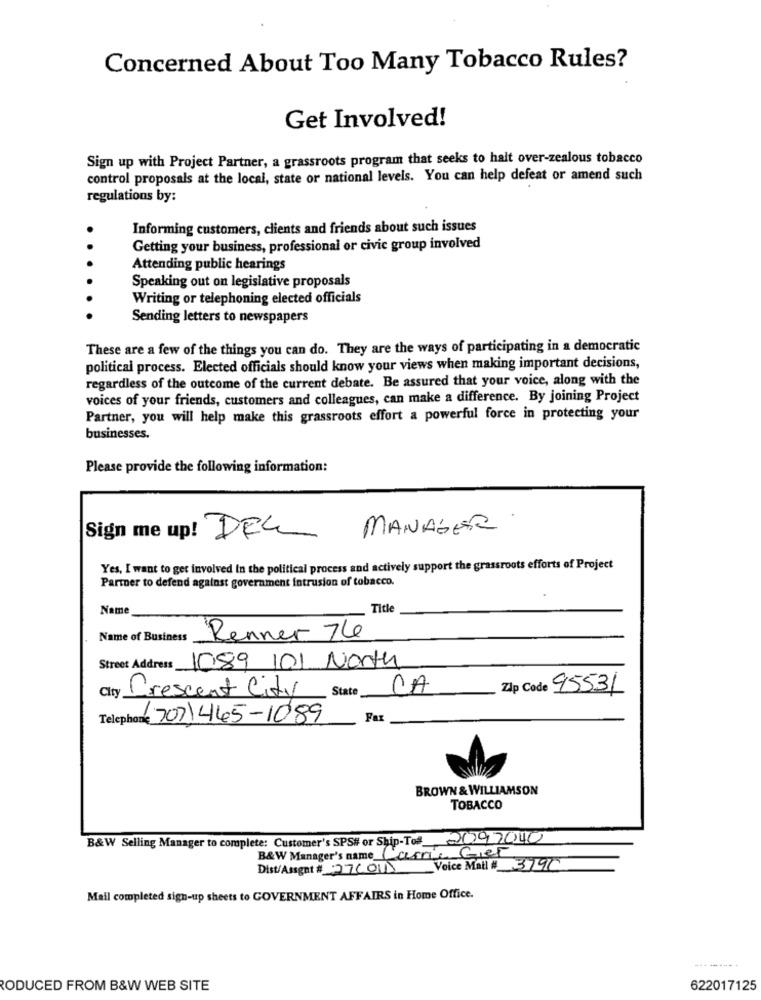
Concerned About Too Many Tobacco Rules?
Get Involved!
Sign up with Project Partner, a grassroots program that seeks to halt over-zealous tobacco
control proposals at the local, state or national levels. You can help defeat or amend such
regulations by:
Informing customers, clients and friends about such issues
.
Getting your business, professional or civic group involved
Attending public hearings
Speaking out on legislative proposals
Writing or telephoning elected officials
Sending letters to newspapers
These are a few of the things you can do. They are the ways of participating in a democratic
political process. Elected officials should know your views when making important decisions,
regardless of the outcome of the current debate. Be assured that your voice, along with the
voices of your friends, customers and colleagues, can make a difference. By joining Project
Partner, you will help make this grassroots effort a powerful force in protecting your
businesses.
Please provide the following information:
MANAGER
Sign me up! DEL
Yes, I want to get involved in the political process and actively support the grassroots efforts of Project
Partner to defend against government intrusion of tobacco.
Name
Title
Name of Business
Renner 76
Street Address 1089 101 North
City Crescent City
State
CA
Zip Code 95531
Telephone 707)465-1089
Fax
BROWN & WILLIAMSON
TOBACCO
B&W Selling Manager to complete: Customer's SPS# or Ship-To# 2097040
B&W Manager's name Carrie Gier
Dist/Asignt # 27001 Voice Mail # 3790
Mail completed sign-up sheets to GOVERNMENT AFFAIRS in Home Office.
RODUCED FROM B&W WEB SITE
622017125